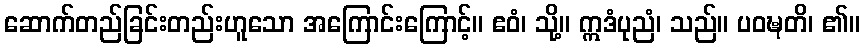
ဆောက်တည်ခြင်းတည်းဟူသော အကြောင်းကြောင့်။ ဧဝံ၊ သို့။ ဣဒံပုညံ၊ သည်။ ပဝဍ္ဎတိ၊ ၏။